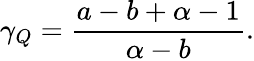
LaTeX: \gamma_{Q}=\frac{a-b+\alpha-1}{\alpha-b}.